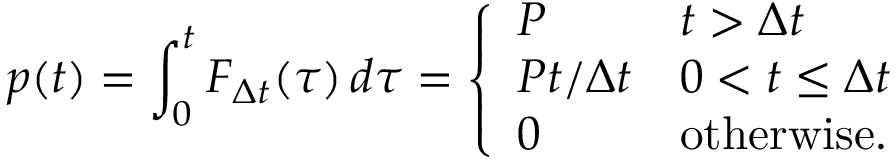
p ( t ) = \int _ { 0 } ^ { t } F _ { \Delta t } ( \tau ) \, d \tau = { \left\{ \begin{array} { l l } { P } & { t > \Delta t } \\ { P t / \Delta t } & { 0 < t \leq \Delta t } \\ { 0 } & { { \mathrm { o t h e r w i s e . } } } \end{array} \right. }